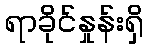
ရာခိုင်နှုန်းရှိ